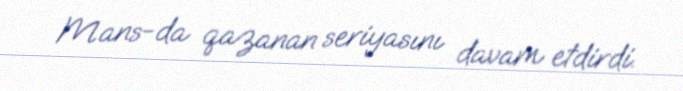
Mans-da qazanan seriyasını davam etdirdi.